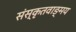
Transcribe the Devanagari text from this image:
संस्कृतवाङ्मय